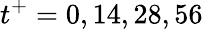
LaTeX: t^{+}=0,14,28,56